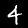
Label: 4